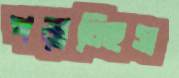
পড়াচ্ছিস